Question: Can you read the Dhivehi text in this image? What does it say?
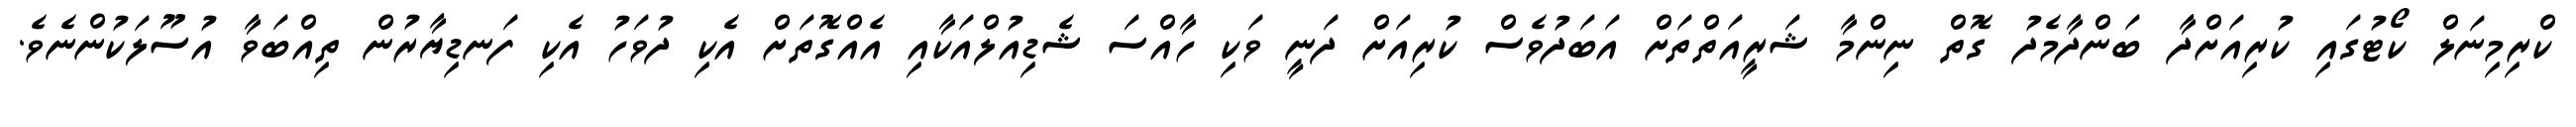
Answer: ކްރިމިނަލް ކޯޓުގައި ކުރިއަށްދާ ބަންދާމެދު ގޮތް ނިންމާ ޝަރީއަތްތަށް އަބަދުވެސް ކުރިއަށް ދަނީ ވަކި ހާއްސަ ޝެޑިއުލްއަކާއި އެއްގޮތަށް އެކި ދުވަހު އެކި ފަނޑިޔާރުން ތިއްބަވާ އުސޫލަކުންނެވެ.